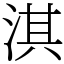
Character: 淇